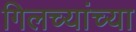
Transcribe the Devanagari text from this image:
गिलच्यांच्या